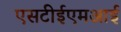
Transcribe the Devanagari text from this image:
एसटीईएमआई